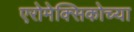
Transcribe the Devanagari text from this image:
एरोमेक्सिकोच्या